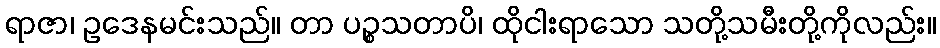
ရာဇာ၊ ဥဒေနမင်းသည်။ တာ ပဉ္စသတာပိ၊ ထိုငါးရာသော သတို့သမီးတို့ကိုလည်း။